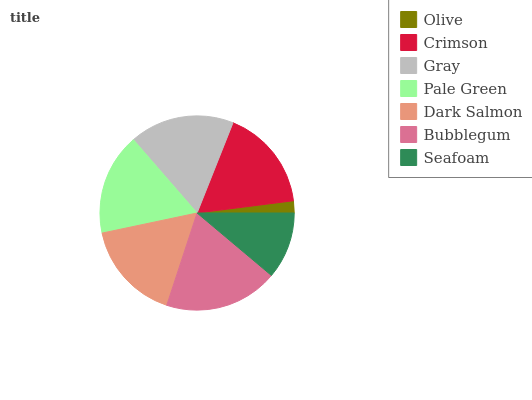
| Olive | Crimson | Gray | Pale Green | Dark Salmon | Bubblegum | Seafoam |
 | --- | --- | --- | --- | --- | --- | --- |
 | 2% | 17% | 17.3% | 16.9% | 16.7% | 18.9% | 11.1% |